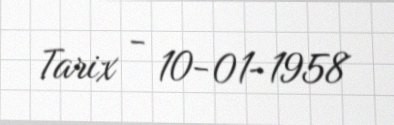
Tarix - 10-01-1958